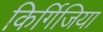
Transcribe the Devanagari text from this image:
किर्गिजिया